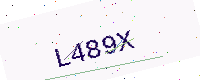
Text: L489X